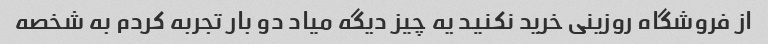
از فروشگاه روزینی خرید نکنید یه چیز دیگه میاد دو بار تجربه کردم به شخصه